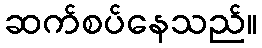
ဆက်စပ်နေသည်။